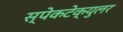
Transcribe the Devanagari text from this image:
स्पेकटेक्युलर